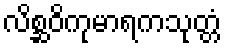
လိစ္ဆဝိကုမာရကသုတ္တံ